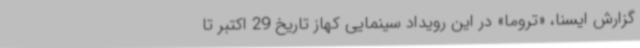
گزارش ایسنا، «تروما» در این رویداد سینمایی کهاز تاریخ 29 اکتبر تا